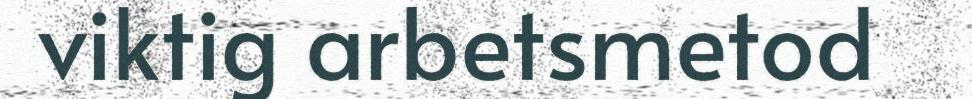
viktig arbetsmetod